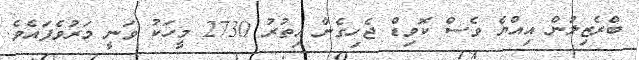
ބްރެޒިލުން އިއްޔެ ވެސް ކޮވިޑް ޖެހިގެން އިތުރު 2730 މީހަކު ވަނީ މަރުވެފައެވެ.